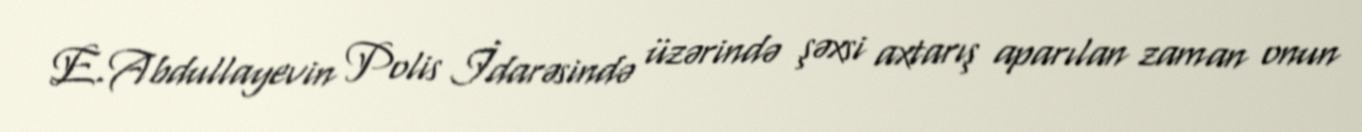
E.Abdullayevin Polis İdarəsində üzərində şəxsi axtarış aparılan zaman onun